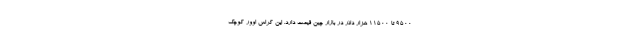
9500 تا 11500 هزار دلار در بازار چین قیمت دارد. این کراس اوور کوچک